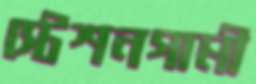
স্টেশনগামী